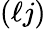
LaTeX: (\ell j)